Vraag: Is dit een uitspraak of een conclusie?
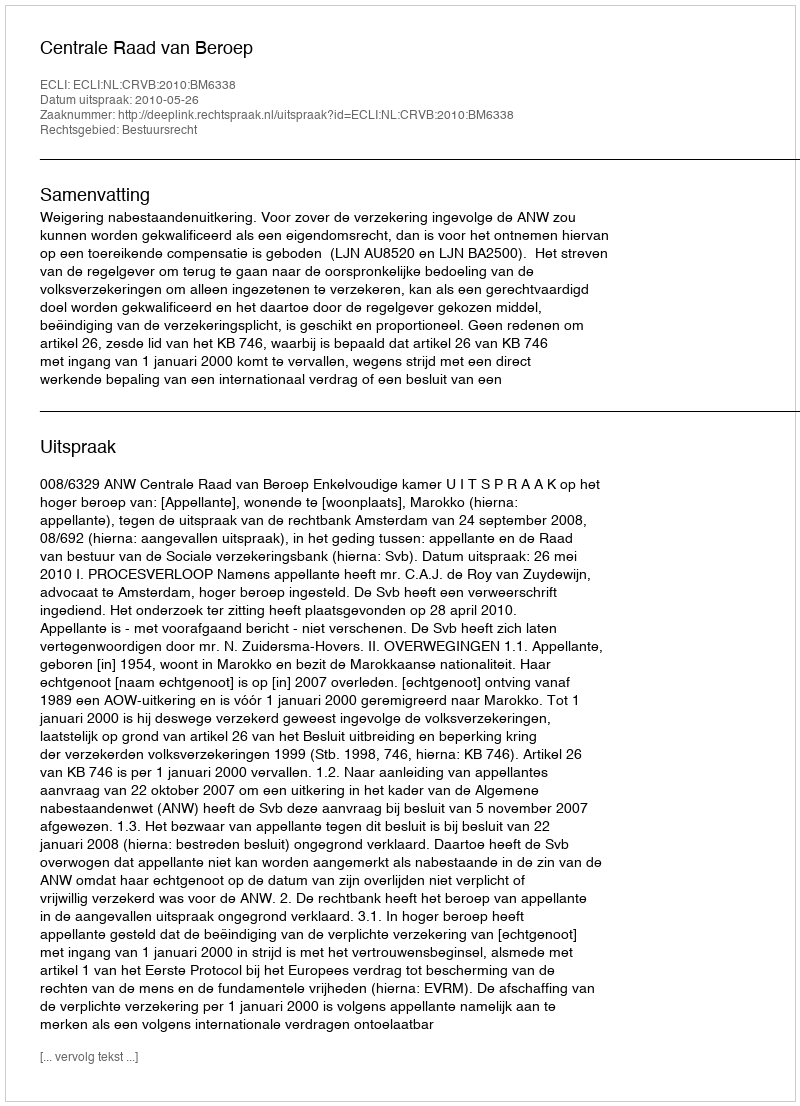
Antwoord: Uitspraak